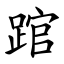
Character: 䠉